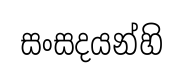
සංසදයන්හි